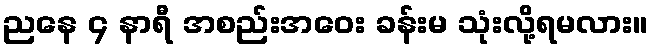
ညနေ ၄ နာရီ အစည်းအဝေး ခန်းမ သုံးလို့ရမလား။